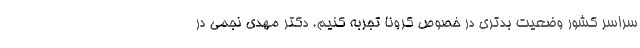
سراسر کشور وضعیت بدتری در خصوص کرونا تجربه کنیم. دکتر مهدی نجمی در